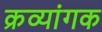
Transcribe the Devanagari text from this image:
क्रव्यांगक